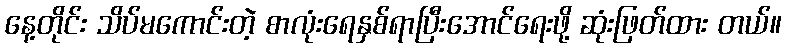
နေ့တိုင်း သိပ်မကောင်းတဲ့ စာလုံးရေနှစ်ရာပြီးအောင်ရေးဖို့ ဆုံးဖြတ်ထား တယ်။